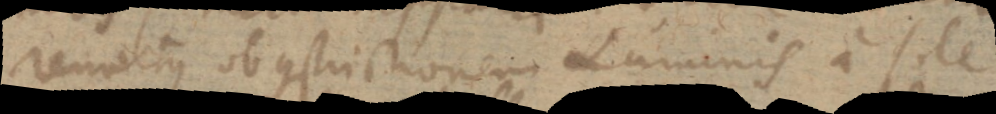
remotus ob constrictionem Luminis a sole